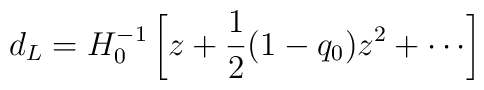
d_L=H_0^{-1}\left[z+\frac{1}{2}(1-q_0)z^2+\cdots\right]